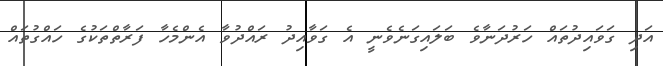
އަދި ގަވައިދުތައް ހަރުދަނާވެ ބަލައިގަނެވެނީ އެ ގަވާއިދު ރައްދުވާ އެންމެހާ ފަރާތްތަކުގެ ހައްގުތައް